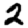
Digit: 2